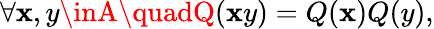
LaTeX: \forall\mathbf{x},y\inA\quadQ(\mathbf{x}y)=Q(\mathbf{x})Q(y),